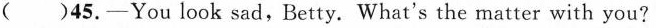
( )45.—You look sad,Betty. What's the matter with you?